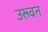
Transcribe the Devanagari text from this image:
उरूवन